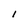
Character: I